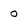
Character: 0